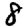
Digit: 8